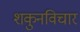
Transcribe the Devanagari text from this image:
शकुनविचार